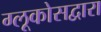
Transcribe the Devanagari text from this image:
ग्लूकोसद्वारा